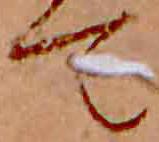
て